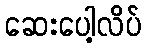
ဆေးပေါ့လိပ်